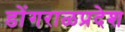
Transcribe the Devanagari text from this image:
डोंगराळप्रदेश